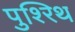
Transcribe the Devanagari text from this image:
पुश्‍रिथ